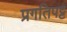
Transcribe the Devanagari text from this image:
प्रगतिपट्ट